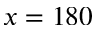
x = 1 8 0